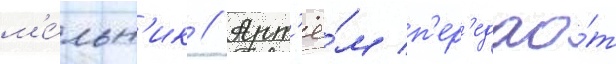
м'е́льн'ик // Арт'ё́м п'ер'едао́т